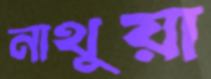
নাথুয়া